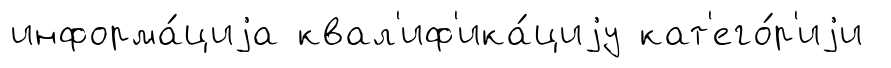
информа́циjа квал'иф'ика́циjу кат'его́р'иjи